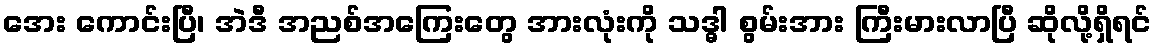
အေး ကောင်းပြီ၊ အဲဒီ အညစ်အကြေးတွေ အားလုံးကို သဒ္ဓါ စွမ်းအား ကြီးမားလာပြီ ဆိုလို့ရှိရင်